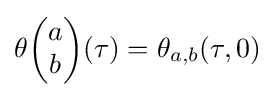
\theta {\begin{pmatrix}a\\b\end{pmatrix}}(\tau )=\theta _{a,b}(\tau ,0)